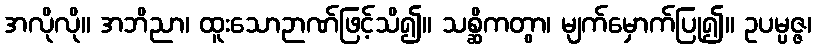
အလိုလို။ အဘိညာ၊ ထူးသောဉာဏ်ဖြင့်သိ၍။ သစ္ဆိကတွာ၊ မျက်မှောက်ပြု၍။ ဥပမ္ပဇ္ဇ၊